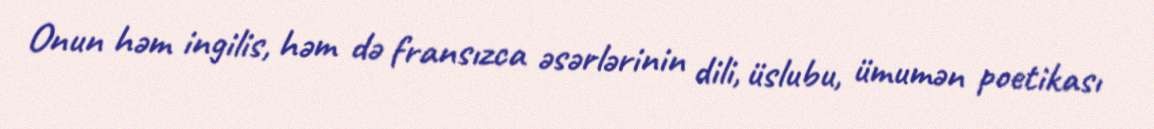
Onun həm ingilis, həm də fransızca əsərlərinin dili, üslubu, ümumən poetikası